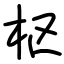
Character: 枢